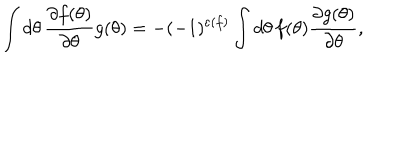
\int d \theta \, \frac { \partial f ( \theta ) } { \partial \theta } g ( \theta ) = - ( - 1 ) ^ { \varepsilon ( f ) } \int d \theta \, f ( \theta ) \frac { \partial g ( \theta ) } { \partial \theta } ,